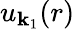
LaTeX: u_{\mathbf{k}_{1}}(r)